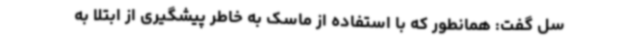
سل گفت: همانطور که با استفاده از ماسک به خاطر پیشگیری از ابتلا به